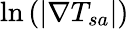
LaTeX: \ln\left(|\mathbf{\nabla}T_{sa}|\right)